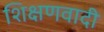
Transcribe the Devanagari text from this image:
शिक्षणवादी